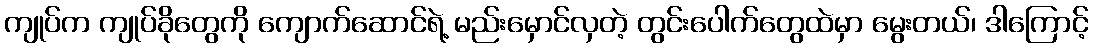
ကျုပ်က ကျုပ်ခိုတွေကို ကျောက်ဆောင်ရဲ့ မည်းမှောင်လှတဲ့ တွင်းပေါက်တွေထဲမှာ မွေးတယ်၊ ဒါကြောင့်